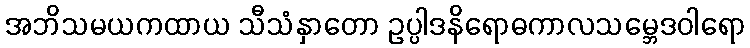
အဘိသမယကထာယ သီသံနှာတော ဥပ္ပါဒနိရောဓကာလသမ္ဘေဒဝါရော